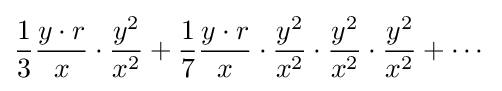
{\frac {1}{3}}{\frac {y\cdot r}{x}}\cdot {\frac {y^{2}}{x^{2}}}+{\frac {1}{7}}{\frac {y\cdot r}{x}}\cdot {\frac {y^{2}}{x^{2}}}\cdot {\frac {y^{2}}{x^{2}}}\cdot {\frac {y^{2}}{x^{2}}}+\cdots